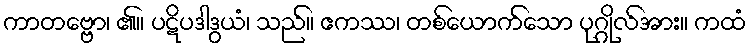
ကာတဗ္ဗော၊ ၏။ ပဋိပဒါဒွယံ၊ သည်။ ဧကဿ၊ တစ်ယောက်သော ပုဂ္ဂိုလ်အား။ ကထံ